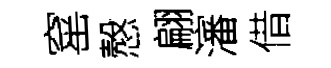
窰慤翩瀋借